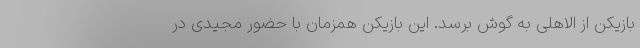
بازیکن از الاهلی به گوش برسد. این بازیکن همزمان با حضور مجیدی در